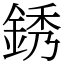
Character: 銹